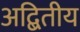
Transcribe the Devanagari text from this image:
अद्बितीय